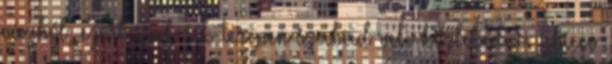
vázból, ezért csak sík terepen szabad vele közlekedni. Chicco